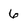
Character: 6